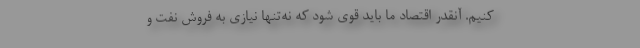
کنیم. آنقدر اقتصاد ما باید قوی شود که نه‌تنها نیازی به فروش نفت و